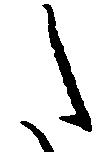
た